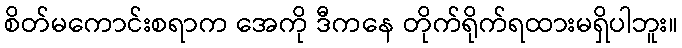
စိတ်မကောင်းစရာက အေကို ဒီကနေ တိုက်ရိုက်ရထားမရှိပါဘူး။